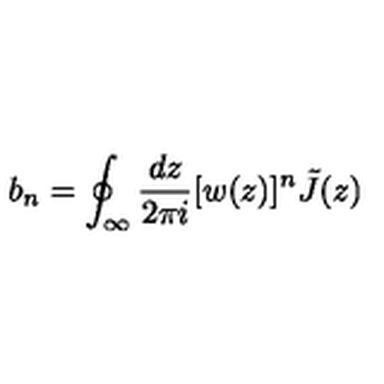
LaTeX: b _ { n } = \oint _ { \infty } \frac { d z } { 2 \pi i } [ w ( z ) ] ^ { n } \tilde { J } ( z )